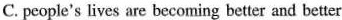
C. people's lives are becoming better and better